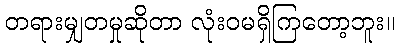
တရားမျှတမှုဆိုတာ လုံးဝမရှိကြတော့ဘူး။